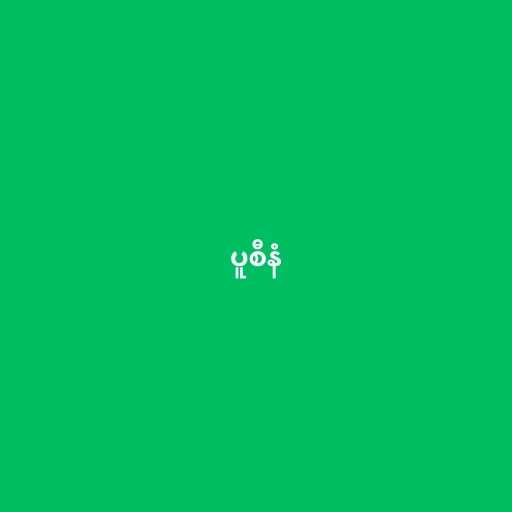
ပူစီနံ